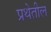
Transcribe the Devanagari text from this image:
प्रथेतील